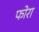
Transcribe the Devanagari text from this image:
फोरा